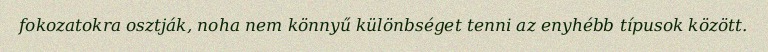
fokozatokra osztják, noha nem könnyű különbséget tenni az enyhébb típusok között.